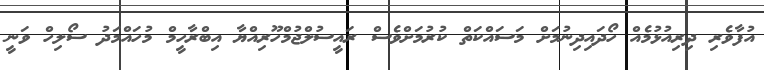
އުފާވެރި ދިރިއުޅުމެއް ހޯދައިދިނުމަށް މަސައްކަތް ކުރުމަށްވެސް ރައީސުލްޖުމްހޫރިއްޔާ އިބްރާހީމް މުހައްމަދު ސޯލިހް ވަނީ